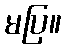
မပြ။